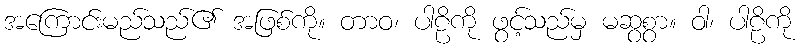
အကြောင်းမည်သည်၏ အဖြစ်ကို။ တာဝ၊ ပါဠိကို ဖွင့်သည်မှ မဆွစွာ။ ဝါ၊ ပါဠိကို